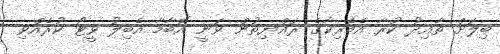
ބިލަށް ތާއިދު ކުރާ އެމެރިކާގެ ރައްޔިތުން ވަނީ އޮބާމާ އެބިލު ވީޓޯ ކުރެއްވި